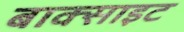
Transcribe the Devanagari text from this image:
बाक्‍साइट